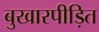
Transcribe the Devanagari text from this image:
बुखारपीड़ित